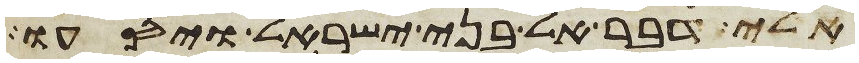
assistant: אלי דבר אל בני ישראל ויסעו